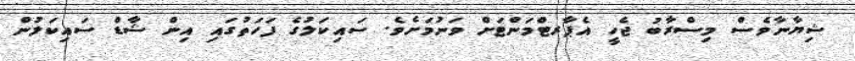
ޝިޔާނާވެސް މިސްރާބު ޖެހީ އެޕާރޓްމަންޓަށް ވަނުމަށެވެ. ސައިކަލުގެ ފަހަތުގައި އިން ޝާޑް ސައިކަލުން